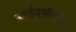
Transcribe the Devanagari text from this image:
आईयूसीएए